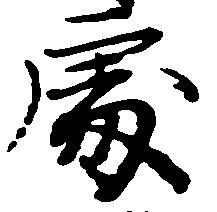
処